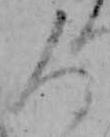
人